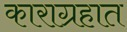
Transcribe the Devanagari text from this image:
काराग्रहात